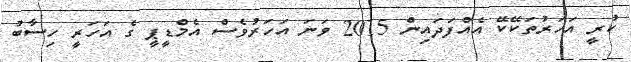
ކުރީ އަހަރުތަކޭކޭ އެއްފަދައިން 2015 ވަނަ އަހަރުވެސް އެމްޑީޕީ ގެ އަހަރީ ހިސާބު